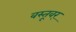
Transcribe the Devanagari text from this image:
वस्तूवर्